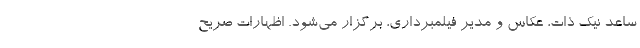
ساعد نیک ذات، عکاس و مدیر فیلمبرداری، برگزار می‌شود. اظهارات صریح